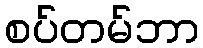
စပ်တမ်ဘာ